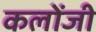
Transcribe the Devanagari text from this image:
कलोंजी